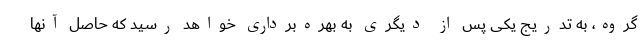
گروه، به تدریج یکی پس از دیگری به بهره‌برداری خواهد رسید که حاصل آنها